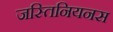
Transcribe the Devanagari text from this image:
जस्तिनियनस